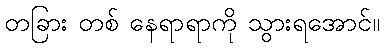
တခြား တစ် နေရာရာကို သွားရအောင်။